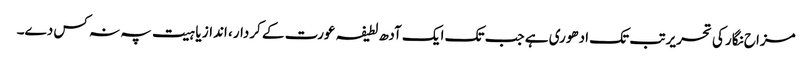
مزاح نگار کی تحریر تب تک ادھوری ہے جب تک ایک آدھ لطیفہ عورت کے کردار، انداز یا ہیت پہ نہ کس دے۔